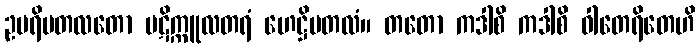
ဥပရိမတလတော ပဋိက္ကူလတရံ ဟေဋ္ဌိမတလံ။ တတော ကဒါစိ ကဒါစိ ဝါတေရိတေဟိ